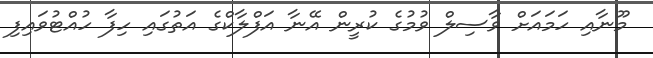
މޫނާއި ހަމައަށް ވާސިލް ވުމުގެ ކުރީން އޭނާ އަފްލާކްގެ އަތުގައި ހިފާ ހުއްޓުވައިފި